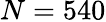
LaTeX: N=540